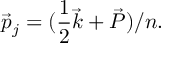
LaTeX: \vec { p } _ { j } = ( { \frac { 1 } { 2 } } \vec { k } + \vec { P } ) / n .